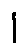
1